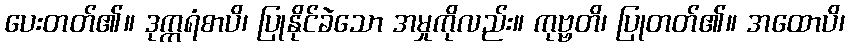
ပေးတတ်၏။ ဒုက္ကရံစာပိ၊ ပြုနိုင်ခဲသော အမှုကိုလည်း။ ကုဗ္ဗတိ၊ ပြုတတ်၏။ အထောပိ၊